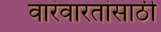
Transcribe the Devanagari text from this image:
वारंवारतांसाठी